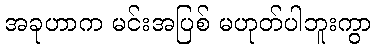
အခုဟာက မင်းအပြစ် မဟုတ်ပါဘူးကွာ